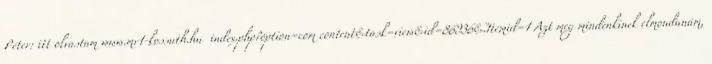
Péter: itt olvastam www.mr1-kossuth.hu index.php?option=com content&task=view&id=86936&Itemid=1 Azt meg mindenkinek elmondanám,